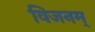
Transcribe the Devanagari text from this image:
विजनम्